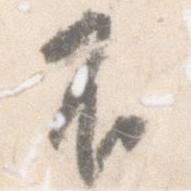
不